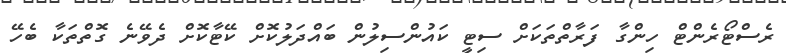
ރެސްޓޯރެންޓް ހިންގާ ފަރާތްތަކަށް ސިޓީ ކައުންސިލުން ބައްދަލުކޮށް ކޭޓާކޮށް ދެވޭނެ ގޮތްތަކާ ބެހޭ